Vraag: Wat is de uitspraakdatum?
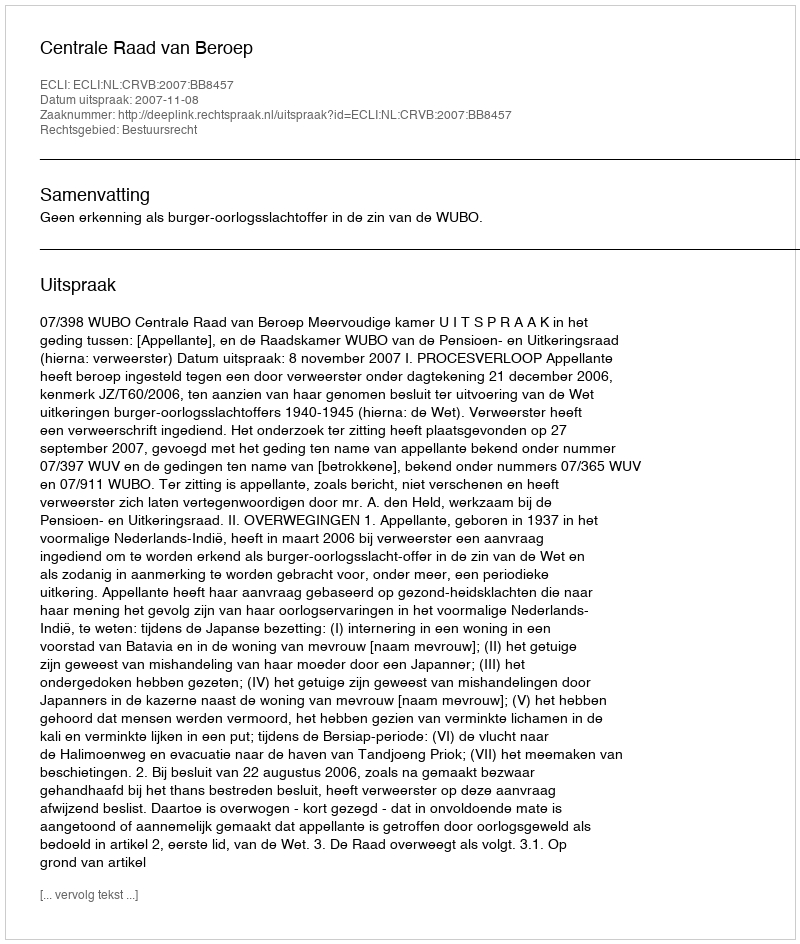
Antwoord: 2007-11-08